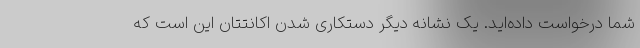
شما درخواست داده‌اید. یک نشانه دیگر دستکاری شدن اکانتتان این است که